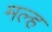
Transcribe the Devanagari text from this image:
मल्ह